Newspaper: The Worthington advance. [volume]
Place of publication: Worthington, Minn.
Publisher: [publisher not identified]
Date: 1875-06-04 00:00:00
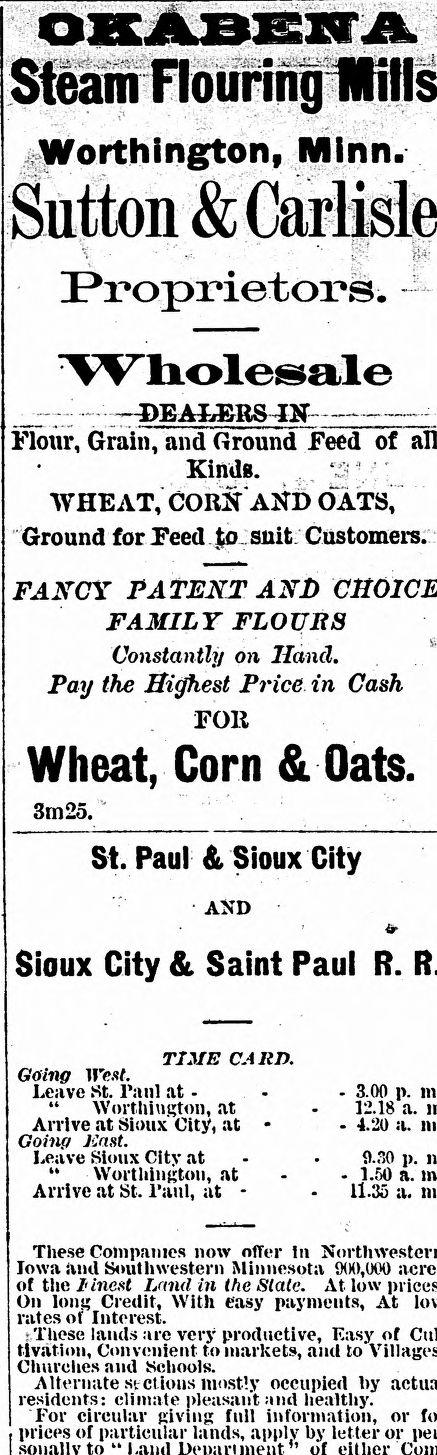
Advertisement text (OCR):
Steam Flouring Worthington, Minn. Sutton & Proprietors. Wholesale A S I N -of Flour, Grain,E and Groun~ Fee Kinds. WHEAT, CORN AND OATS, Ground for Feed .|p_ suit Customers. FANCY PATENT AND FAMILY FLOURS Constantly on Hand. Pay the Highest Price in Cash FOll Wheat, Corn & Oats. 3m25. St. Paul & Sioux City AND Sioux City & Saint Paul R. TIME CARD. Going West. Leave St. Paul at Worthington, at Arrive at Sioux City, at Going East. Leave Sioux City at Worthington,a| Arrive at St. Paul, at These Companies now offer In Iowa and Southwestern Minnesota 900,000 of the finest Land in the Slate. At low On long Credit, With easy payments, At rates of Interest. These lands are very productive, Easy of tlvation, Convenient to markets, and to Churches and Schools. Alternate st ctious mostly occupied by residents: climate pleasant :tnd healthy. For circular giving full information, or prices of particular lands, apply by letter or 3.00 p. 12.18 a. 4.20 a. 9.30 p. 1.50 a. 11.35 a.
Label: text-only